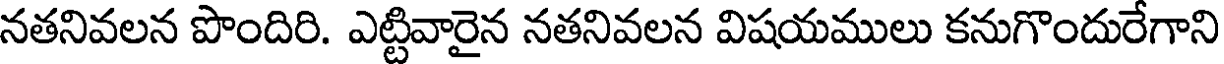
నతనివలన పొందిరి. ఎట్టివారైన నతనివలన విషయములు కనుగొందురేగాని